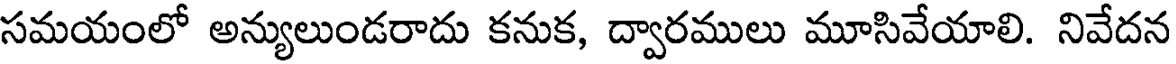
సమయంలో అన్యులుండరాదు కనుక, ద్వారములు మూసివేయాలి. నివేదన